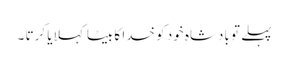
پہلے تو بادشاہ خود کو خدا کا بیٹا کہلایا کرتا ۔